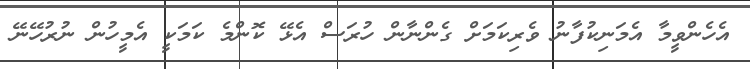
އެހެންވީމާ އެމަނިކުފާނު ވެރިކަމަށް ގެންނާން ހުރަސް އެޅޭ ކޮންމެ ކަމަކީ އެމީހުން ނުރުހޭނޭ